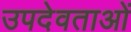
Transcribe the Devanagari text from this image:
उपदेवताओं